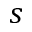
s